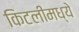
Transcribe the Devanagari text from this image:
किटलीमध्ये